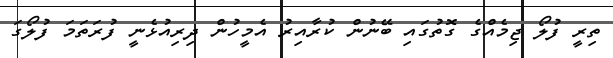
ތިރީ ފުލޯ ޖިމެއްގެ ގޮތުގައި ބޭނުން ކުރާއިރު އެމީހުން ދިރިއުޅެނީ ފުރަތަމަ ފުލޯގަ